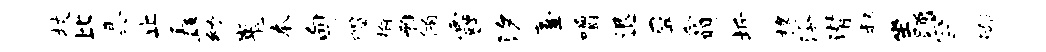
杖比具止矗幼嵬本甸帽榆雅侑霾汐薹嚼退屏翕圻椽泠潜叔坐踊罕溯